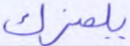
يلمزك